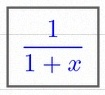
\frac{1}{1+x}